Report of the Imperial Institute of Veterinary Research, Muktesar
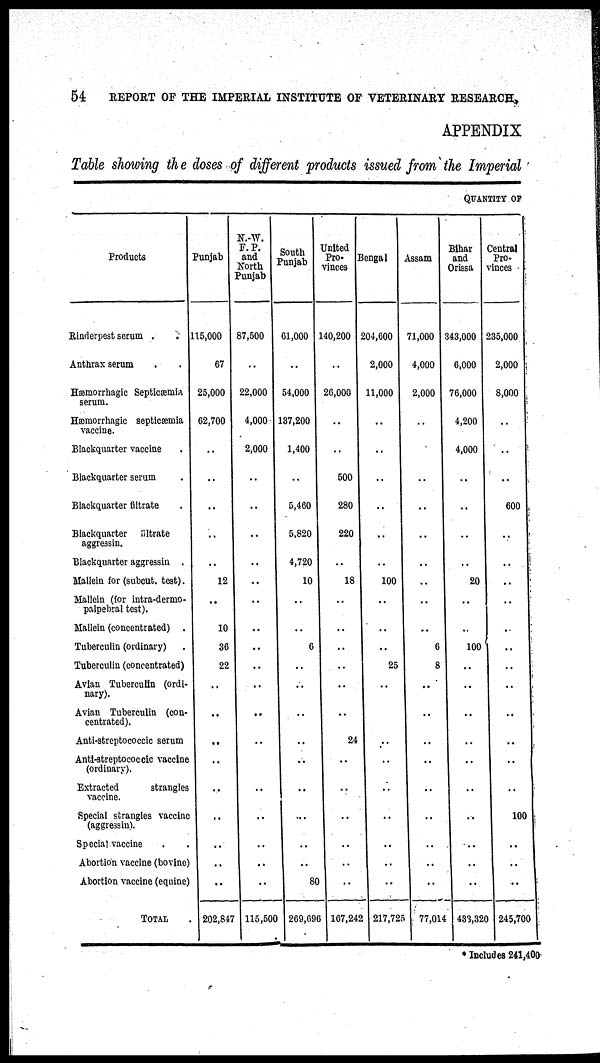
54
REPORT OF THE IMPERIAL INSTITUTE OF VETERINARY RESEARCH,
APPENDIX
Table showing the doses of different products issued from the Imperial
QUANTITY OF
Products
Rinderpest serum .
Anthrax serum
Hæmorrhagic Septicæmia
serum.
Hæmorrhagic septicæmia
vaccine.
Blackquarter vaccine
Blackquarter serum
Blackquarter filtrate
Blackquarter filtrate
aggressin.
Blackquarter aggressin .
Mallein for (subcut. test).
Mallein (for intra-dermo¬
palpebral test).
Mallein (concentrated) .
Tuberculin (ordinary)
Tuberculin (concentrated)
Avian Tuberculin (ordi-
nary).
Avian Tuberculin (con-
centrated).
Anti-streptococcic serum
Anti-streptococcic vaccine
(ordinary).
Extracted
strangles
vaccine.
Special strangles vaccine
(aggressin).
Special vaccine
Abortion vaccine (bovine)
Abortion vaccine (equine)
TOTAL
Punjab
115.000
67
25,000
62,700
...
..
..
..
..
12
..
10
36
22
..
..
..
..
...
..
..
..
..
202,847
N.-W.
F. P.
and
North
Punjab
87,500
22,000
4,000
2,000
..
...
..
..
..
..
..
..
..
..
..
..
..
..
..
..
..
..
115,500
South
Punjab
61,000
54,000
137,200
1,400
5,460
5,820
4,720
10
..
..
6
..
..
...
..
..
..
..
..
..
80
269,696
United
Pro¬
vinces
140,200
26,000
..
..
500
280
220
..
18
..
..
..
..
..
...
24
..
..
..
..
..
..
167,242
Bengal
204,600
2,000
11,000
..
..
..
..
..
100
..
..
..
25
..
..
..
..
..
..
..
..
..
217,725
Assam
71,000
4,000
2,000
..
..
..
..
..
..
..
...
6
8
..
..
..
..
..
..
..
..
..
77,014
Bihar
and
Orissa
343,000
6,000
76,000
4,200
4,000
..
..
..
..
20
..
..
100
..
..
..
..
..
..
..
..
..
433,320
Central
Pro-
vinces
235,000
2,000
8,000
..
..
600
..
..
..
..
..
..
..
..
..
..
..
..
100
.
..
...
245,700
* Includes 241,400